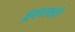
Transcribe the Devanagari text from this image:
हृदयावरि